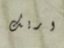
اريك